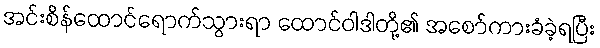
အင်းစိန်ထောင်ရောက်သွားရာ ထောင်ဝါဒါတို့၏ အစော်ကားခံခဲ့ရပြီး